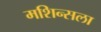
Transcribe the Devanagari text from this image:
मशिन्सला